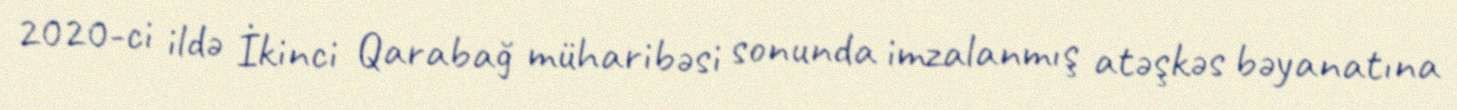
2020-ci ildə İkinci Qarabağ müharibəsi sonunda imzalanmış atəşkəs bəyanatına